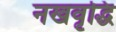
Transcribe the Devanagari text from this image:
नखवृद्धि